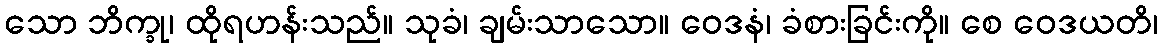
သော ဘိက္ခု၊ ထိုရဟန်းသည်။ သုခံ၊ ချမ်းသာသော။ ဝေဒနံ၊ ခံစားခြင်းကို။ စေ ဝေဒယတိ၊